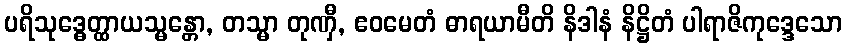
ပရိသုဒ္ဓေတ္ထာယသ္မန္တော, တသ္မာ တုဏှီ, ဧဝမေတံ ဓာရယာမီတိ နိဒါနံ နိဋ္ဌိတံ ပါရာဇိကုဒ္ဒေသော